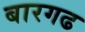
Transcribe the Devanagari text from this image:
बारगढ